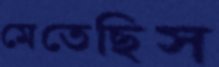
মেতেছিস